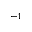
^ { - 1 }